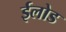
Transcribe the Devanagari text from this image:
ईलोड